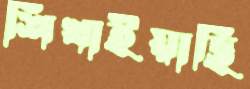
শিখাইয়াছি